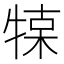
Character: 𤚦